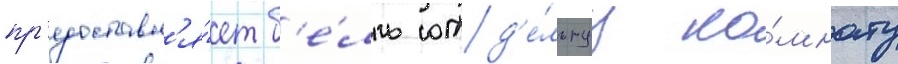
пр'едоставл'я́ет б'е́лль отд'е́льнуу ко́мнату